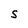
Character: S